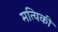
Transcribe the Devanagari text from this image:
मत्यिकी